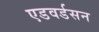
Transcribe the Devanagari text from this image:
एडवर्डसन